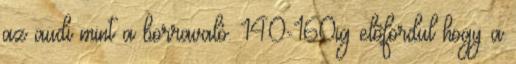
az audi mint a borravaló. 140-160ig elõfordul hogy a